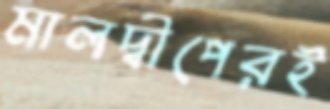
মালদ্বীপেরই